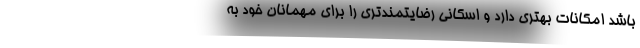
باشد امکانات بهتری دارد و اسکانی رضایتمندتری را برای مهمانان خود به